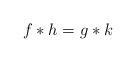
LaTeX: \begin{align*}f*h=g*k\end{align*}